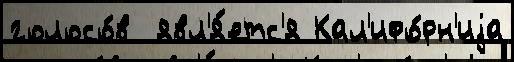
голосо́в  явл'я́етс'я Кал'ифо́рн'иjа